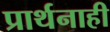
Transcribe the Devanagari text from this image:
प्रार्थनाही